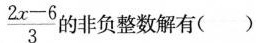
\frac{2x-6}{3}$$ 的非负整数解有()